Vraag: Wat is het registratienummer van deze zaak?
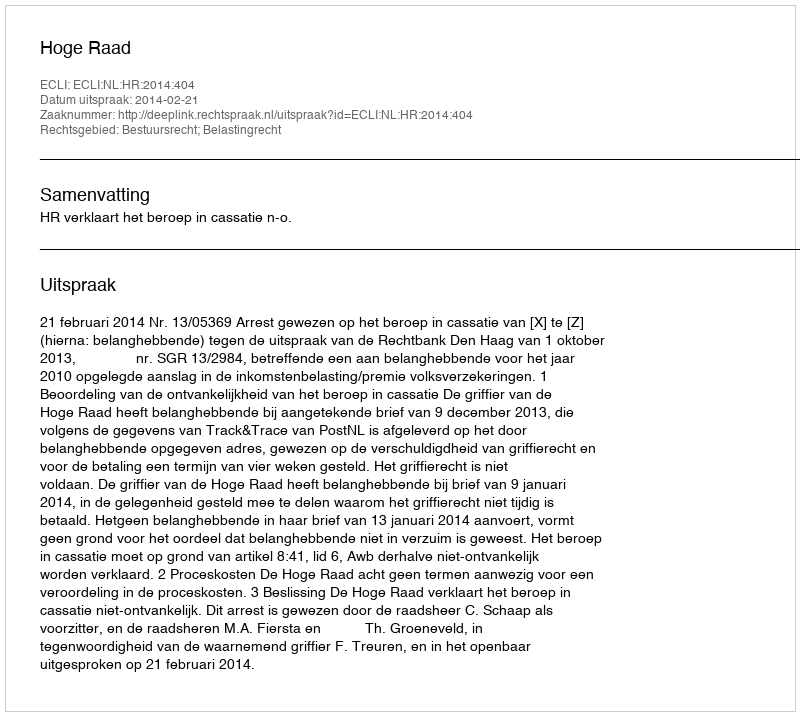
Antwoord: http://deeplink.rechtspraak.nl/uitspraak?id=ECLI:NL:HR:2014:404